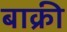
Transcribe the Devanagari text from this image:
बाक्री